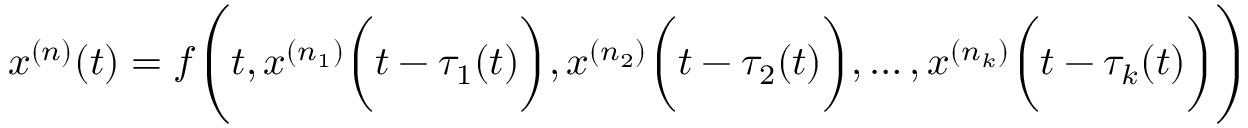
x ^ { ( n ) } ( t ) = f { \Biggl ( } t , x ^ { ( n _ { 1 } ) } { \biggl ( } t - \tau _ { 1 } ( t ) { \biggr ) } , x ^ { ( n _ { 2 } ) } { \biggl ( } t - \tau _ { 2 } ( t ) { \biggr ) } , \ldots , x ^ { ( n _ { k } ) } { \biggl ( } t - \tau _ { k } ( t ) { \biggr ) } { \Biggr ) }